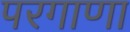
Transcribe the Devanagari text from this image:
परगाणा